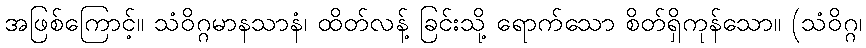
အဖြစ်ကြောင့်။ သံဝိဂ္ဂမာနသာနံ၊ ထိတ်လန့် ခြင်းသို့ ရောက်သော စိတ်ရှိကုန်သော။ (သံဝိဂ္ဂ၊